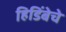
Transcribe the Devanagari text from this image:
हिडिंबेचे